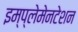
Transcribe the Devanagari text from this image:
इम्प्लेमेनटेशन